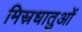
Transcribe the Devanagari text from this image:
मिस्रधातुओं